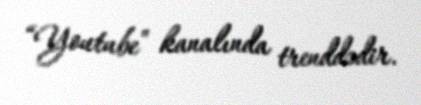
“Youtube” kanalında trenddədir.